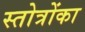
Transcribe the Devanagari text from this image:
स्तोत्रोंका